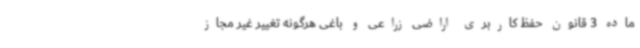
ماده 3 قانون حفظ کاربری اراضی زراعی و باغی هرگونه تغییر غیر مجاز